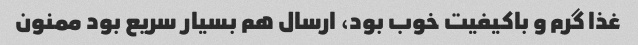
غذا گرم و باکیفیت خوب بود، ارسال هم بسیار سریع بود ممنون